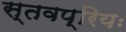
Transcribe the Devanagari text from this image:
स्तवप्रियः